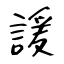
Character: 諼